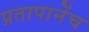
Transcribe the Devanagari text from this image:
प्रतापानेंच